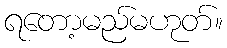
ရတော့မည်မဟုတ်။